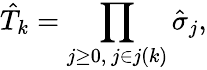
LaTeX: \hat{T}_{k}=\prod_{j\ge 0,\ j\in j(k)}\hat{\sigma}_{j},